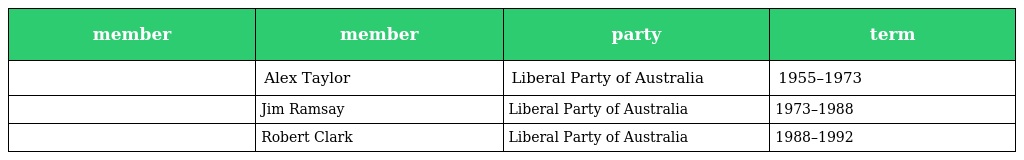
| member | member | party | term |
 | --- | --- | --- | --- |
 |  | Alex Taylor | Liberal Party of Australia | 1955–1973 |
 |  | Jim Ramsay | Liberal Party of Australia | 1973–1988 |
 |  | Robert Clark | Liberal Party of Australia | 1988–1992 |